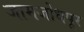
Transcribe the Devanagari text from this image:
जामजोधपूर